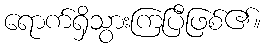
ရောက်ရှိသွားကြပြီဖြစ်၏။